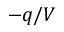
- q / V